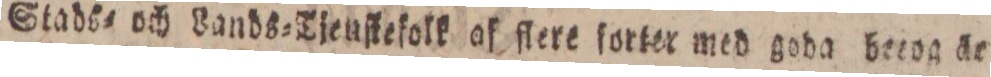
Stads= och Lands=Tjenſtefolk af flere forter med goda beeog är